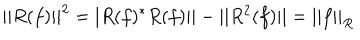
| | R ( f ) | | ^ { 2 } = | R ( f ) ^ { \ast } R ( f ) | | - | | R ^ { 2 } ( f ) | | = | | f | | _ { R }